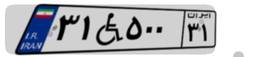
۰۹W۷۹۳۲۵